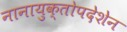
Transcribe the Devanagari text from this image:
नानायुक्तोपदेशेन